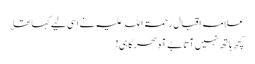
علامہ اقبال رحمۃ اللہ علیہ نے اسی لیے کہا تھا ؎
کچھ ہاتھ نہیں آتا بے آہ سحر گاہی!